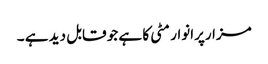
مزارپرانوار مٹی کا ہے جو قابل دید ہے ۔